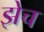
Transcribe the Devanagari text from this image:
झेच